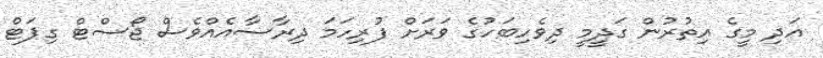
އަދި މީގެ އިތުރުން ގަދީމީ ދިވެހިބަހުގެ ވަރަށް ފުރިހަމަ ދިރާސާއެއްވެސް ޖޯސްޓް ގިޕަޓް